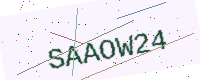
Text: SAAOW24